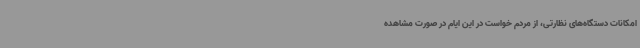
امکانات دستگاه‌های نظارتی، از مردم خواست در این ایام در صورت مشاهده